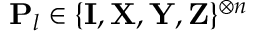
\mathbf { P } _ { l } \in \{ \mathbf { I } , \mathbf { X } , \mathbf { Y } , \mathbf { Z } \} ^ { \otimes n }